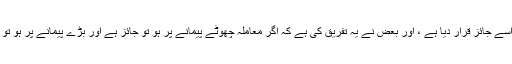
بعض نے اسے جائز قرار دیا ہے ، اور بعض نے یہ تفریق کی ہے کہ اگر معاملہ چھوٹے پیمانے پر ہو تو جائز ہے اور بڑے پیمانے پر ہو تو جائز نہیں۔